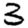
Digit: 3